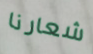
شعارنا